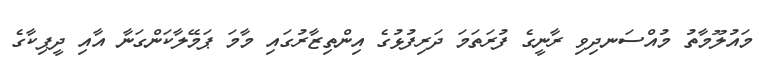
މައުލޫމާތު މުއްސަނދިވި ރާނީގެ ފުރަތަމަ ދަރިފުޅުގެ އިންތިޒާރުގައި މާމަ ޕަމޭލާކަންގަނާ އާއި ދީޕިކާގެ